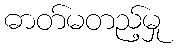
ဓာတ်မတည့်မှု